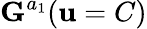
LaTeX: \mathbf{G}^{a_{1}}(\mathbf{u}=C)